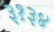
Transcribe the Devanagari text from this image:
३१३४